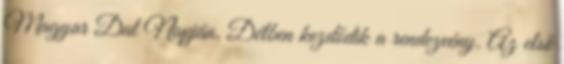
Magyar Dal Napján. Délben kezdődik a rendezvény. Az első